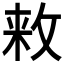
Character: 𱡘